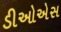
ડીઓએસ